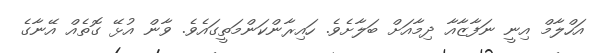
އަހްލާމް އިނީ ނަފާޒާއާ ދިމާއަށް ބަލާށެވެ. ހައިރާންކަންމަތީގައެވެ. ވާން އުޅޭ ގޮތެއް އޭނާގެ